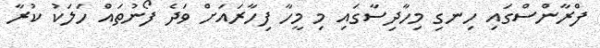
ފްރާންސްގައި ހިނގި މިހާދިސާގައި މި މީހާ ފިހާރައަށް ވަދެ ފޯނުތައް ހަލަކު ކުރާ